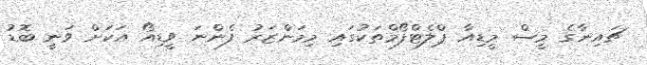
ޗައިނާގެ މީސް މީޑިއާ ޕްލެޓްފޯމްތަކުގައި މިމަންޒަރު ފެންނަ ވީޑިއޯ އަކަށް ވަނީ ބޮޑު